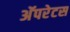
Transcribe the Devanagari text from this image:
अॅपरेटस